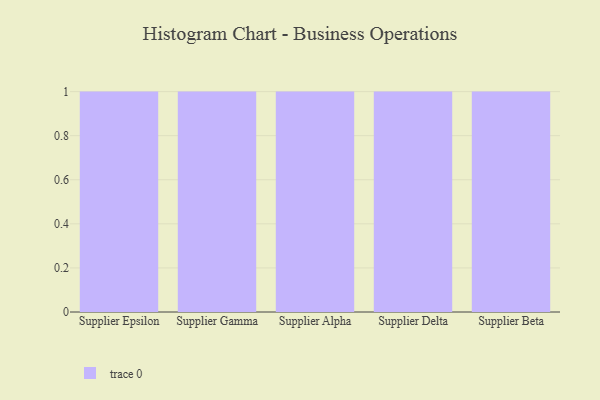
{"axis": {"x": "Supplier", "y": "Temperature (°C)"}, "legend": [""], "data": [{"x": "Supplier Epsilon", "y": 54, "type": ""}, {"x": "Supplier Gamma", "y": 17, "type": ""}, {"x": "Supplier Alpha", "y": 72, "type": ""}, {"x": "Supplier Delta", "y": 63, "type": ""}, {"x": "Supplier Beta", "y": 21, "type": ""}]}